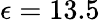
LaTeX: \epsilon=13.5